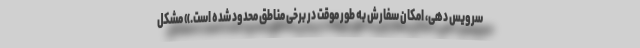
سرویس دهی، امکان سفارش به طور موقت در برخی مناطق محدود شده است.» مشکل